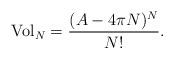
LaTeX: \begin{align*}{\rm{Vol}}_{N}=\frac{(A-4\pi N)^{N}}{N!}.\end{align*}